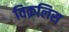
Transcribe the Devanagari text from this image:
विक़लिस